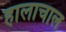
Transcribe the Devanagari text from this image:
हालाचाल